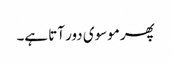
پھر موسوی دور آتا ہے۔